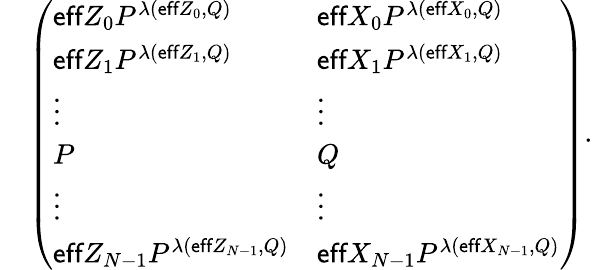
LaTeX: \begin{array}{rl}&{\left(\begin{array}{ll}{\textsf{eff}Z_{0}P^{\lambda(\textsf{eff}Z_{0},Q)}}&{\textsf{eff}X_{0}P^{\lambda(\textsf{eff}X_{0},Q)}}\\ {\textsf{eff}Z_{1}P^{\lambda(\textsf{eff}Z_{1},Q)}}&{\textsf{eff}X_{1}P^{\lambda(\textsf{eff}X_{1},Q)}}\\ {\vdots}&{\vdots}\\ {P}&{Q}\\ {\vdots}&{\vdots}\\ {\textsf{eff}Z_{N-1}P^{\lambda(\textsf{eff}Z_{N-1},Q)}}&{\textsf{eff}X_{N-1}P^{\lambda(\textsf{eff}X_{N-1},Q)}}\end{array}\right).}\end{array}